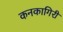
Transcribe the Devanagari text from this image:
कनकागिरी